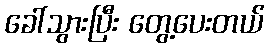
ခေါ်သွားပြီး တွေ့ပေးတယ်